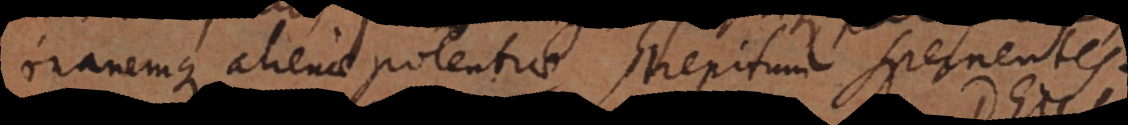
inanemque alienae potentiae strepitum spernentes.